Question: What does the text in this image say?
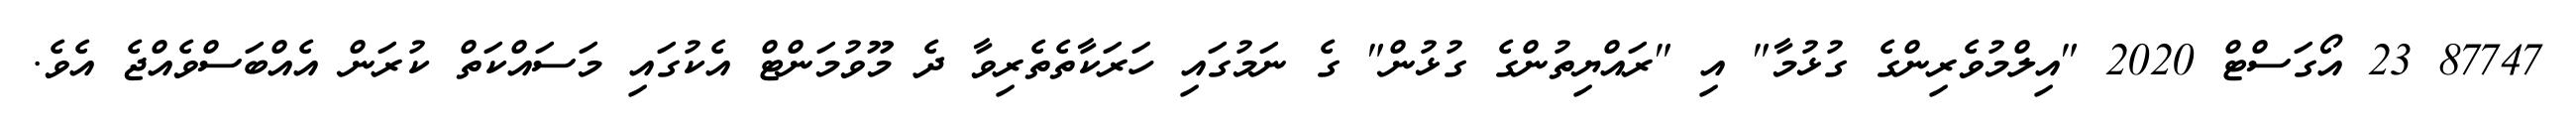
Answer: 87747 23 އޯގަސްޓް 2020 "އިލްމުވެރިންގެ ގުޅުމާ" އި "ރައްޔިތުންގެ ގުޅުން" ގެ ނަމުގައި ހަރަކާތެތެރިވާ ދެ މޫވުމަންޓް އެކުގައި މަސައްކަތް ކުރަން އެއްބަސްވެއްޖެ އެވެ.